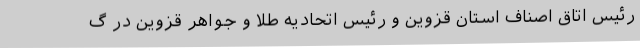
رئیس اتاق اصناف استان قزوین و رئیس اتحادیه طلا و جواهر قزوین در گ